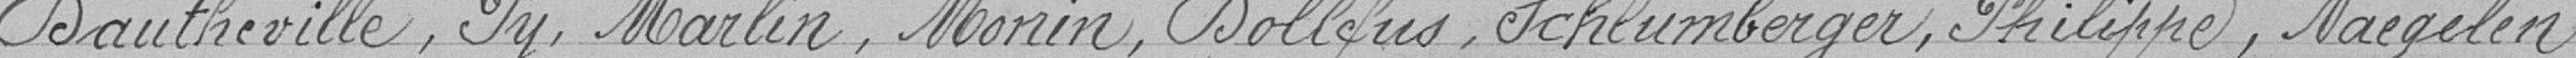
Dautherville, Pu, Marlin, Monin, Dollfus, Schlumberger, Philippe, Naegelen